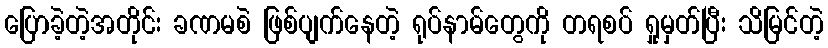
ပြောခဲ့တဲ့အတိုင်း ခဏမစဲ ဖြစ်ပျက်နေတဲ့ ရုပ်နာမ်တွေကို တရစပ် ရှုမှတ်ပြီး သိမြင်တဲ့